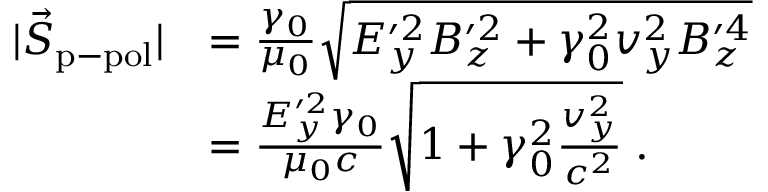
\begin{array} { r l } { | \vec { S } _ { \mathrm { p - p o l } } | } & { = \frac { \gamma _ { 0 } } { \mu _ { 0 } } \sqrt { E _ { y } ^ { \prime 2 } B _ { z } ^ { \prime 2 } + \gamma _ { 0 } ^ { 2 } v _ { y } ^ { 2 } B _ { z } ^ { \prime 4 } } } \\ & { = \frac { E _ { y } ^ { \prime 2 } \gamma _ { 0 } } { \mu _ { 0 } c } \sqrt { 1 + \gamma _ { 0 } ^ { 2 } \frac { v _ { y } ^ { 2 } } { c ^ { 2 } } } \; . } \end{array}